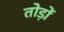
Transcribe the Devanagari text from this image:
तोड़ों